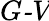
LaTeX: \textit{G-V}